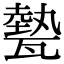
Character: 𤮅